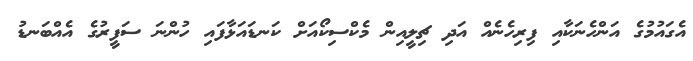
އެގައުމުގެ އަންހެނަކާއި ފިރިހެނެއް އަދި ޗިލީއިން މެކްސިކޯއަށް ކަނޑައަޅާފައި ހުންނަ ސަފީރުގެ އެއްބަނޑު